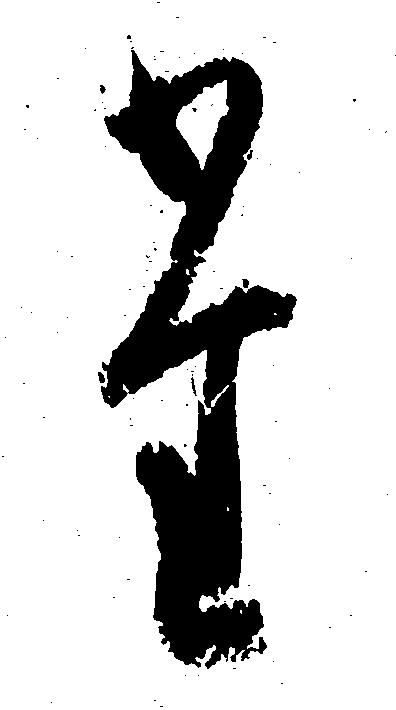
た